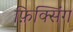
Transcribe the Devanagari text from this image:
फ़िक्सिंग